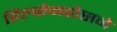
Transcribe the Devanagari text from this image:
हिल्फेनहौसने